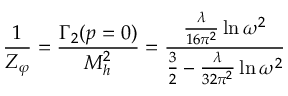
{ \frac { 1 } { Z _ { \varphi } } } = { \frac { \Gamma _ { 2 } ( p = 0 ) } { M _ { h } ^ { 2 } } } = { \frac { { \frac { \lambda } { 1 6 \pi ^ { 2 } } } \ln \omega ^ { 2 } } { { \frac { 3 } { 2 } } - { \frac { \lambda } { 3 2 \pi ^ { 2 } } } \ln \omega ^ { 2 } } }